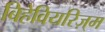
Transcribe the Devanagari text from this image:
बिहेवियरिज़्म